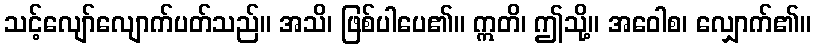
သင့်လျော်လျောက်ပတ်သည်။ အသိ၊ ဖြစ်ပါပေ၏။ ဣတိ၊ ဤသို့။ အဝေါစ၊ လျှောက်၏။